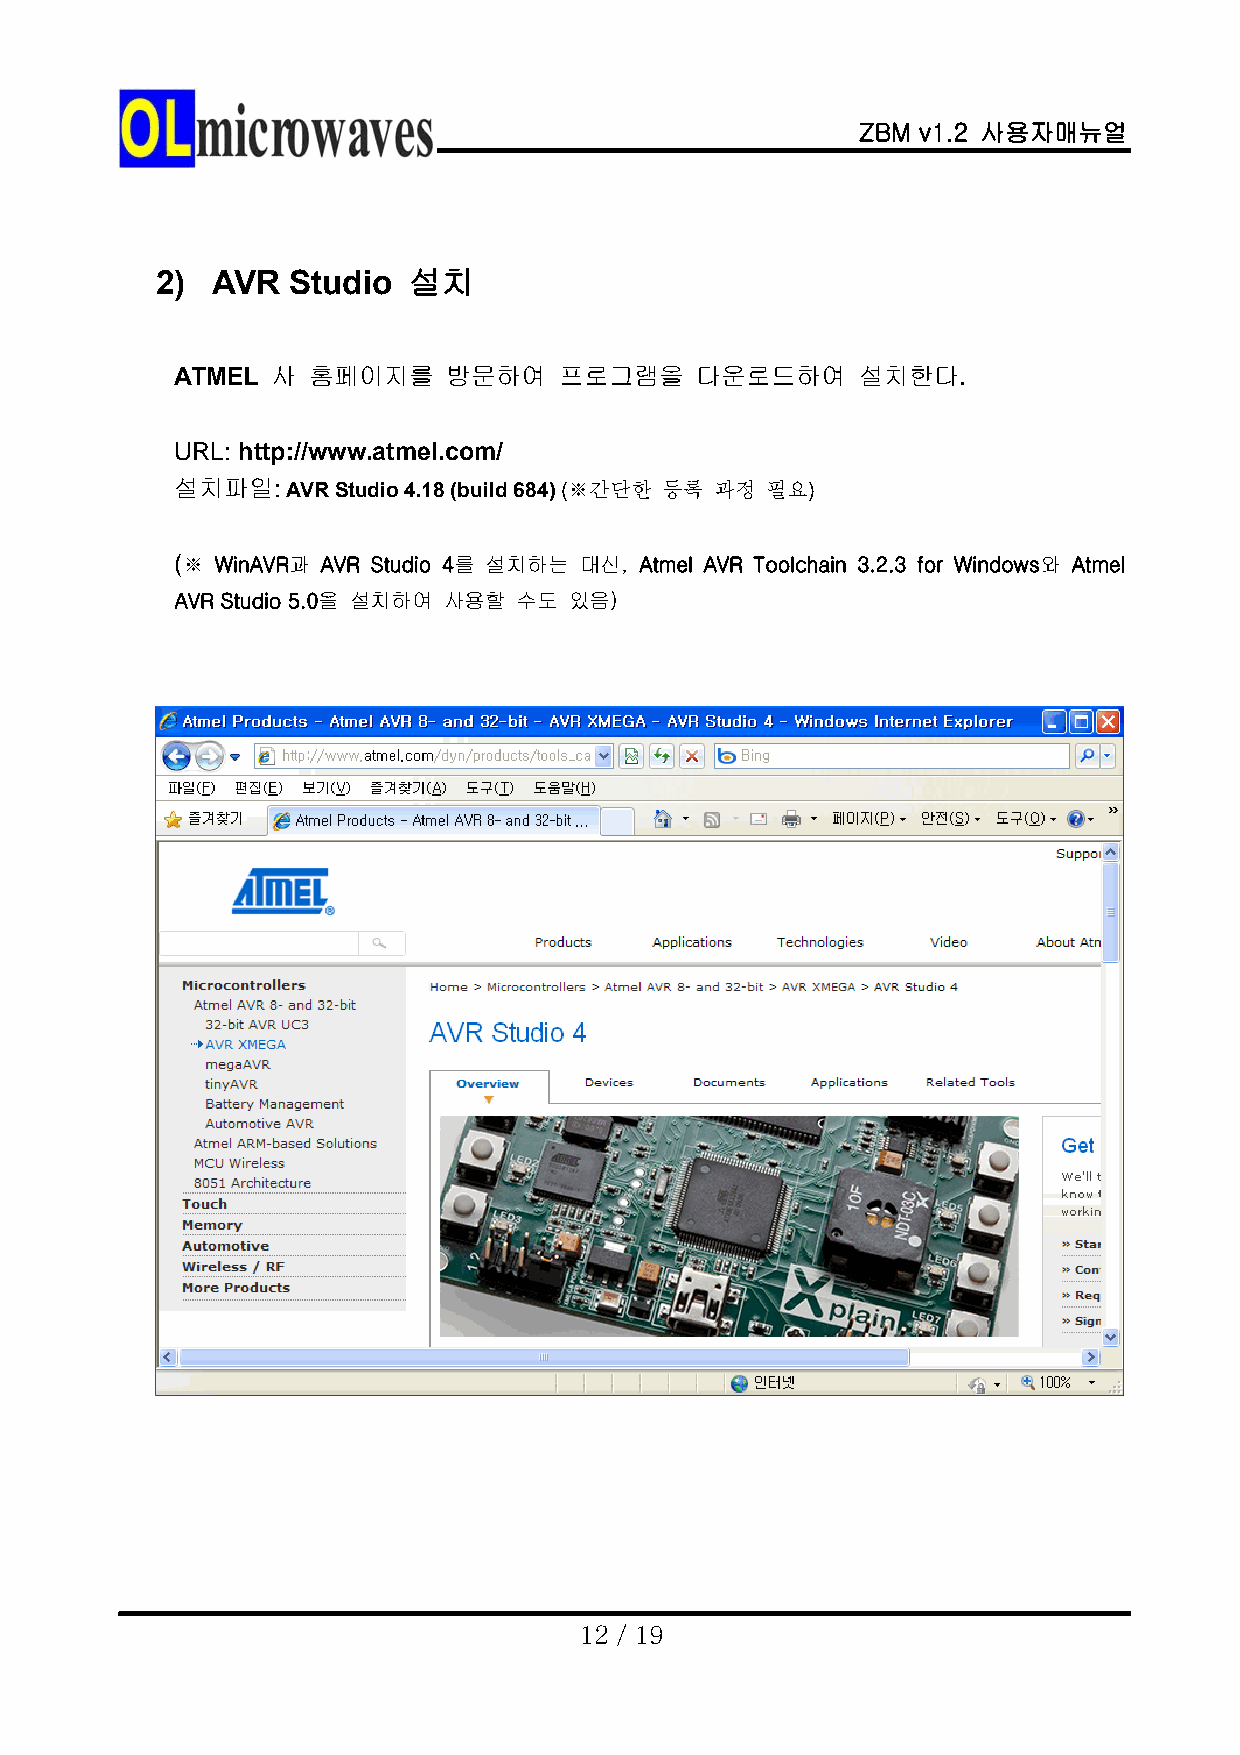
ZBM v1.2 사용자매뉴얼
 2)  AVR  Studio  설치
 ATMEL 사 홈페이지를     방문하여   프로그램을    다운로드하여     설치한다.
 URL: http://www.atmel.com/
 설치파일:  AVR Studio 4.18 (build 684) (※간단한 등록 과정 필요)
 (※ WinAVR과 AVR Studio 4를 설치하는 대신, Atmel AVR Toolchain 3.2.3 for Windows와 Atmel
 AVR Studio 5.0을 설치하여 사용할 수도 있음)
 12 / 19